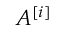
A ^ { [ i ] }